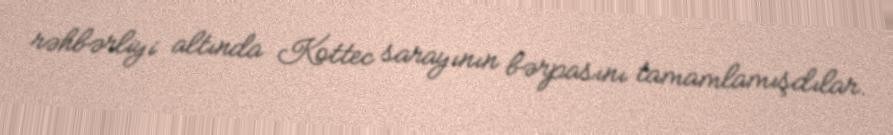
rəhbərliyi altında Kottec sarayının bərpasını tamamlamışdılar.